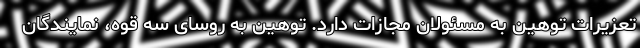
تعزیرات توهین به مسئولان مجازات دارد. توهین به روسای سه قوه، نمایندگان